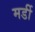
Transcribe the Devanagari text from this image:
मर्डी